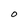
Character: O